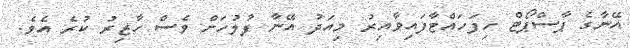
އޭނާގެ ޕާސްޕޯޓް ހިފަހައްޓާފައިވާއިރު މިއަދު އޭނާ ފުލުހަށް ވެސް ހާޒިރު ކުރެ އެވެ.